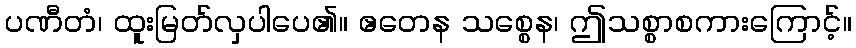
ပဏီတံ၊ ထူးမြတ်လှပါပေ၏။ ဧတေန သစ္စေန၊ ဤသစ္စာစကားကြောင့်။